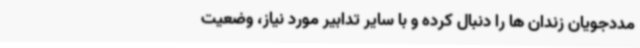
مددجویان زندان ها را دنبال کرده و با سایر تدابیر مورد نیاز، وضعیت